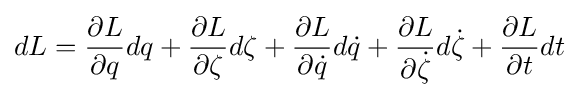
dL={\frac {\partial L}{\partial q}}dq+{\frac {\partial L}{\partial \zeta }}d\zeta +{\frac {\partial L}{\partial {\dot {q}}}}d{\dot {q}}+{\frac {\partial L}{\partial {\dot {\zeta }}}}d{\dot {\zeta }}+{\frac {\partial L}{\partial t}}dt